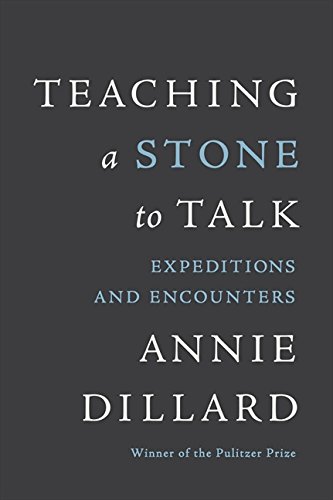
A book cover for Teaching a Stone to Talk: Expeditions and Encounters; Annie Dillard; Literature & Fiction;